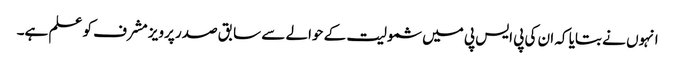
انہوں نے بتایا کہ ان کی پی ایس پی میں شمولیت کے حوالے سے سابق صدر پرویز مشرف کو علم ہے۔